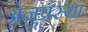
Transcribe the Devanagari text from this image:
अनुप्रस्था